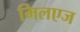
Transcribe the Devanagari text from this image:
मिलएज